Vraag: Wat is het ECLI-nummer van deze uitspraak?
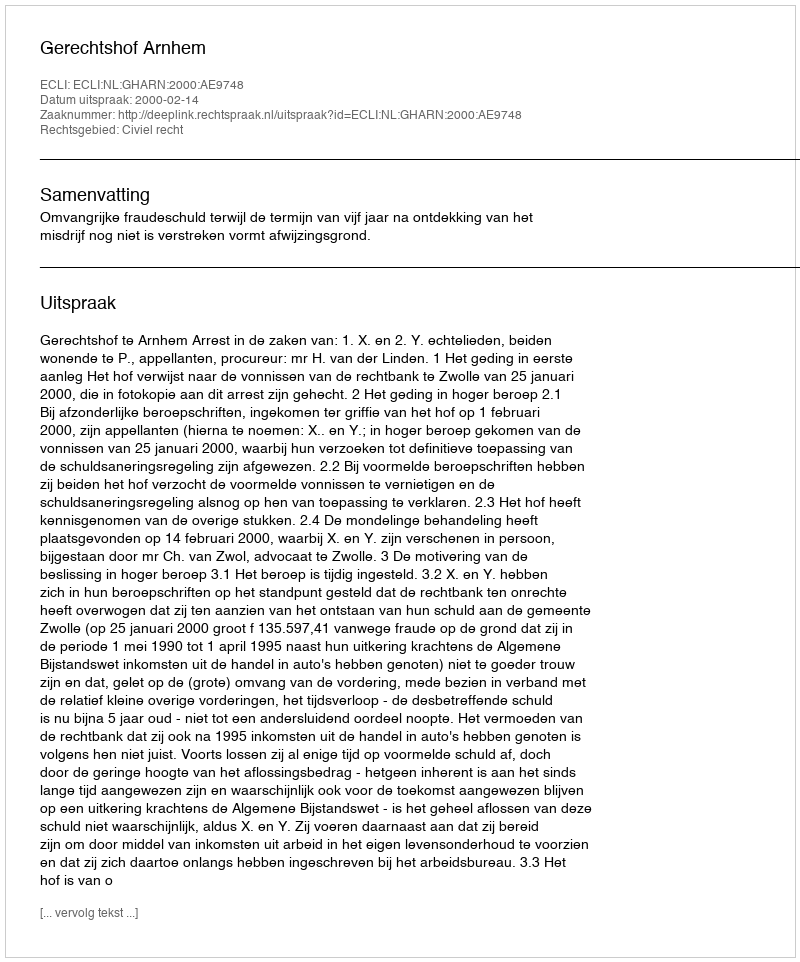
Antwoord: ECLI:NL:GHARN:2000:AE9748